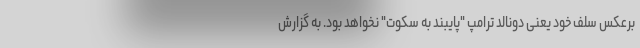
برعکس سلف خود یعنی دونالد ترامپ "پایبند به سکوت" نخواهد بود. به گزارش